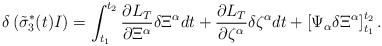
LaTeX: \begin{align*}\delta\left({\tilde{\sigma}_{3}^{*}}(t)I\right)=\int^{t_{2}}_{t_{1}}\frac{\partial L_{T}}{\partial \Xi^{\alpha}}\delta\Xi^{\alpha}dt+\frac{\partial L_{T}}{\partial \zeta^{\alpha}}\delta\zeta^{\alpha}dt+\left[\Psi_{\alpha}\delta\Xi^{\alpha}\right]^{t_{2}}_{t_{1}}.\end{align*}